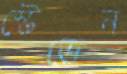
স্টেভেন